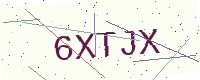
Text: 6XTJX